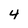
Character: 4